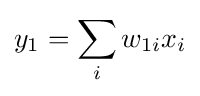
y_{1}=\sum _{i}w_{1i}x_{i}